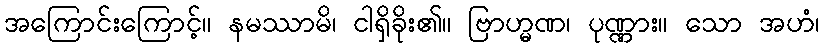
အကြောင်းကြောင့်။ နမဿာမိ၊ ငါရှိခိုး၏။ ဗြာဟ္မဏ၊ ပုဏ္ဏား။ သော အဟံ၊